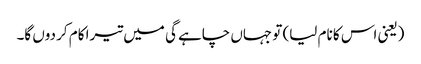
(یعنی اس کا نام لیا) تو جہاں چاہے گی میں تیرا کام کر دوں گا۔